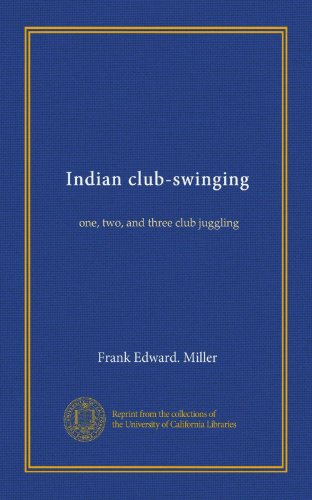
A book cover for Indian club-swinging: one, two, and three club juggling; Frank Edward. Miller; Sports & Outdoors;